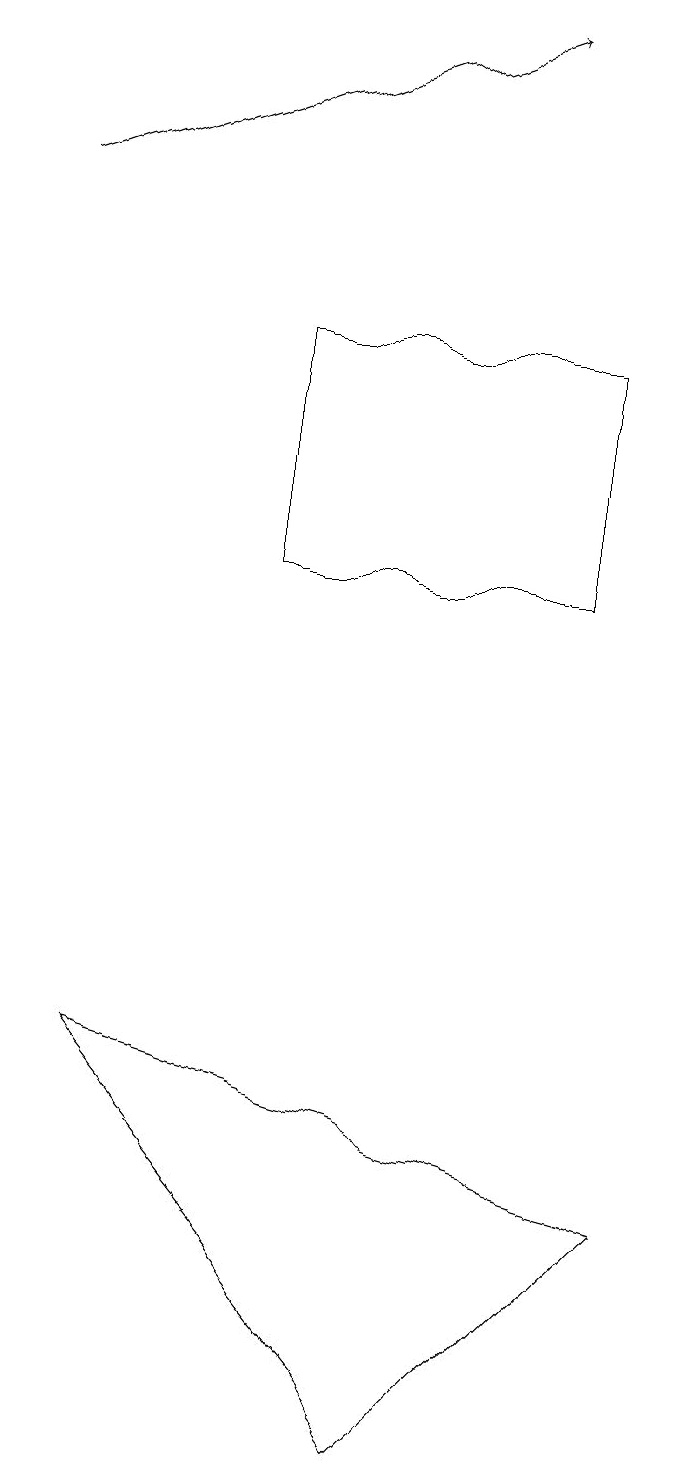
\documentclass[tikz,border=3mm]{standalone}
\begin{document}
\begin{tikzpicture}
\draw (5,0) -- (8,3) -- (1,5) -- cycle;
\draw (7,14) rectangle (3,11);
\draw[->] (0,16) -- (6,18);
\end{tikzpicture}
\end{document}